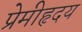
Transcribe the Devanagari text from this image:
प्रेमीहृदय